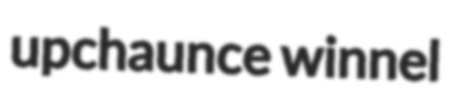
upchaunce winnel